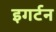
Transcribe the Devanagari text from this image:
इगर्टन